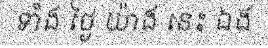
ទាំង ថ្ងៃ យ៉ាង នេះ ឯង